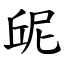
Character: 屔